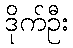
ဒိုက်ဦး